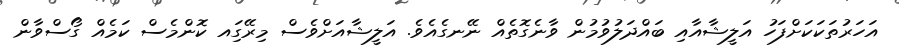
އަހަރުތަކަކަށްފަހު އަލީޝާއާއި ބައްދަލުވުމުން ވާނެގޮތެއް ނޭނގެއެވެ. އަލީޝާއަށްވެސް މިރޭގަިއ ކޮންމެސް ކަމެއް ގޯސްވާން